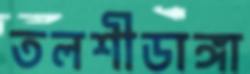
তলশীডাঙ্গা